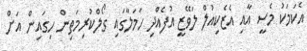
އެކަމަކު މެސީ އާއި އެޒެކިއުލް ލަވޭޒީ އުފެއްދި ހަމަލާގައި ގޯލްކުރިމަތިން ހިގައިން އަށް